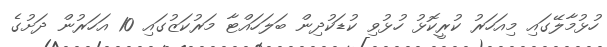
ހުޅުމާލޭގައި މިއަހަރު ކުރީކޮޅު ހުޅުވި ކުޑަކުދިން ބަލަހައްޓާ މަރުކަޒުގައި 10 އަހަރުން ދަށުގެ